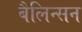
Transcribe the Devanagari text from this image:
बैलिन्सन